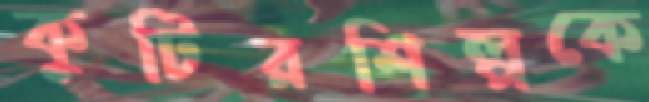
কুটিরশিল্পকে